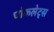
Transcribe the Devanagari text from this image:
चोकलेट्स